Triennial report on the lunatic asylums in the province of Eastern Bengal and Assam - 1903-1911
Year: 1903
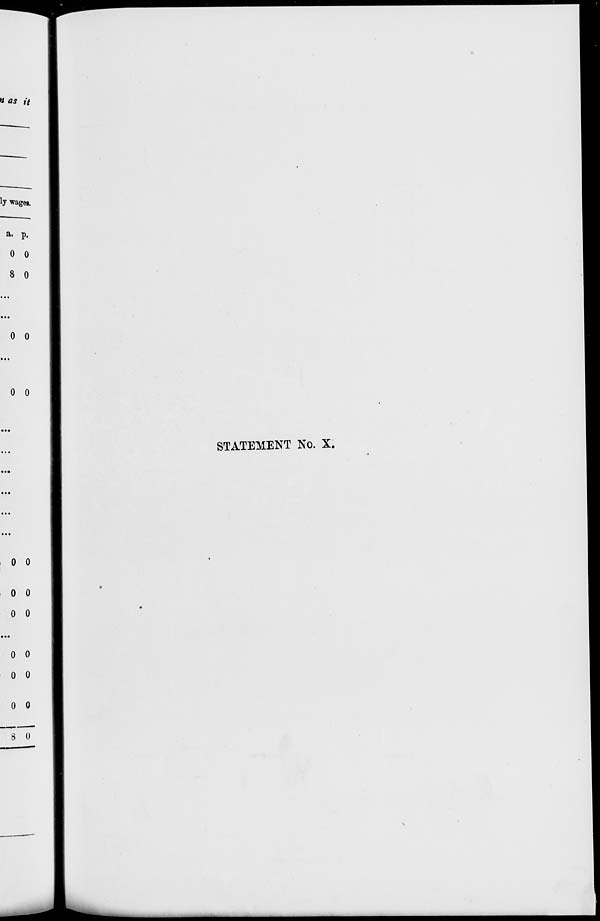
STATEMENT No. X.